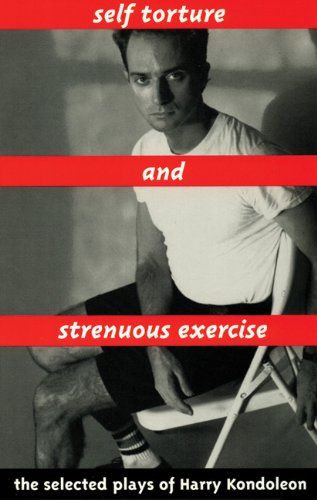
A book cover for Self Torture and Strenuous Exercise; Harry Kondoleon; Literature & Fiction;